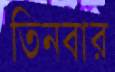
তিনবার